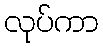
လုပ်ကာ